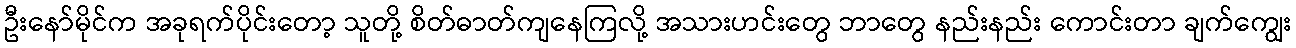
ဦးနော်မိုင်က အခုရက်ပိုင်းတော့ သူတို့ စိတ်ဓာတ်ကျနေကြလို့ အသားဟင်းတွေ ဘာတွေ နည်းနည်း ကောင်းတာ ချက်ကျွေး